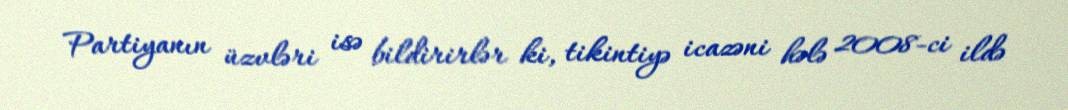
Partiyanın üzvləri isə bildirirlər ki, tikintiyə icazəni hələ 2008-ci ildə